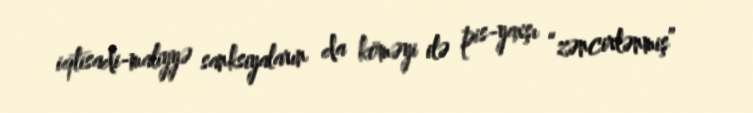
iqtisadi-maliyyə sanksiyaların da köməyi ilə pis-yaxşı “zəncirlənmiş”